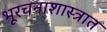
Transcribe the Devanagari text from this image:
भूरचनाशास्त्रात